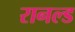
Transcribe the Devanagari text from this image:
रानल्ड